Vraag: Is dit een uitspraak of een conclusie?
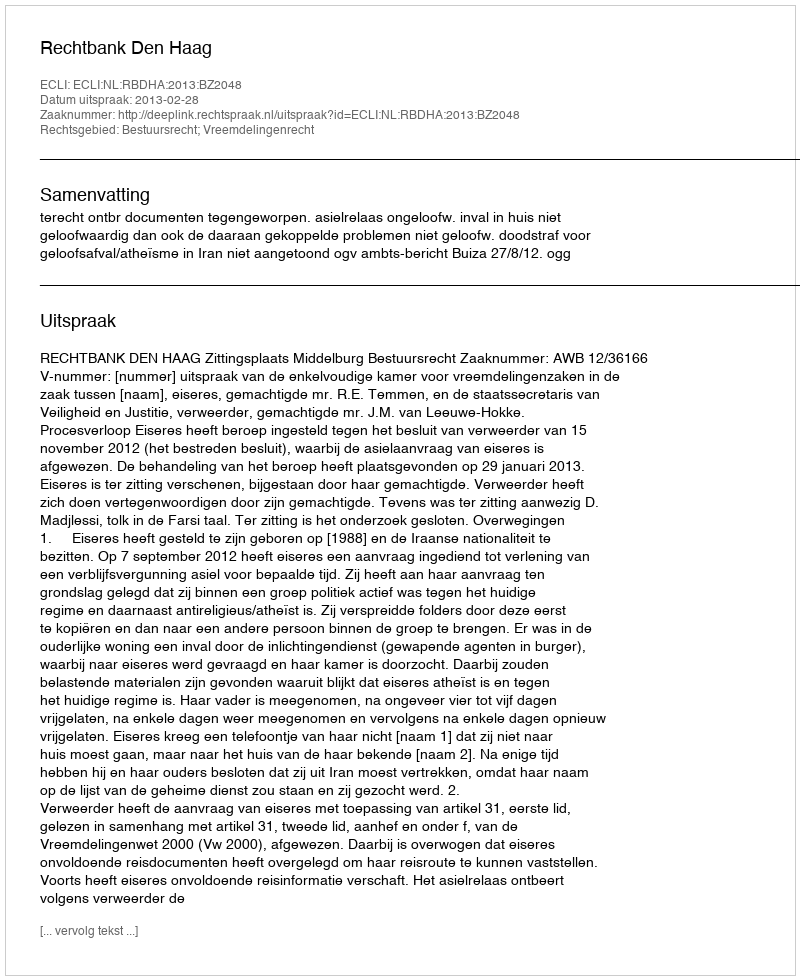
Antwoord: Uitspraak